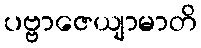
ပဗ္ဗာဇေယျာမာတိ